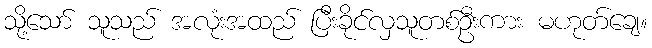
သို့သော် သူသည် အလုံးအထည် ပြီးခိုင်လှသူတစ်ဦးကား မဟုတ်ချေ။